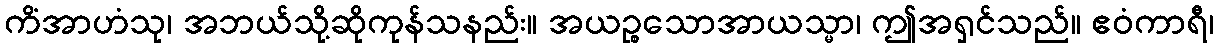
ကိံအာဟံသု၊ အဘယ်သို့ဆိုကုန်သနည်း။ အယဉ္စသောအာယသ္မာ၊ ဤအရှင်သည်။ ဧဝံကာရီ၊